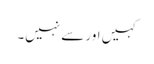
کہیں اور سے نہیں۔